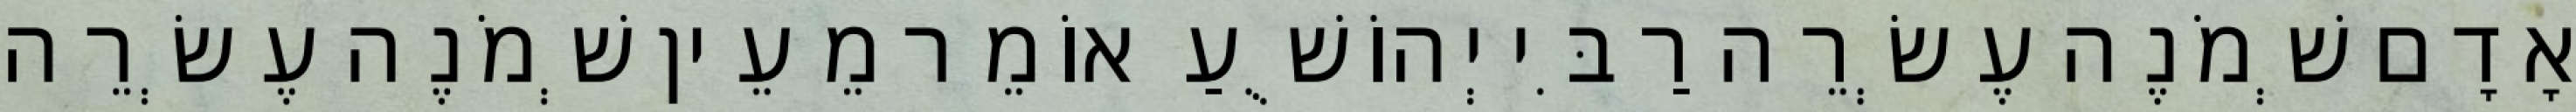
אָדָם שְׁמֹנֶה עֶשְׂרֵה רַבִּי יְהוֹשֻׁעַ אוֹמֵר מֵעֵין שְׁמֹנֶה עֶשְׂרֵה